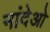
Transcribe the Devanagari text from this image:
नांदेओ